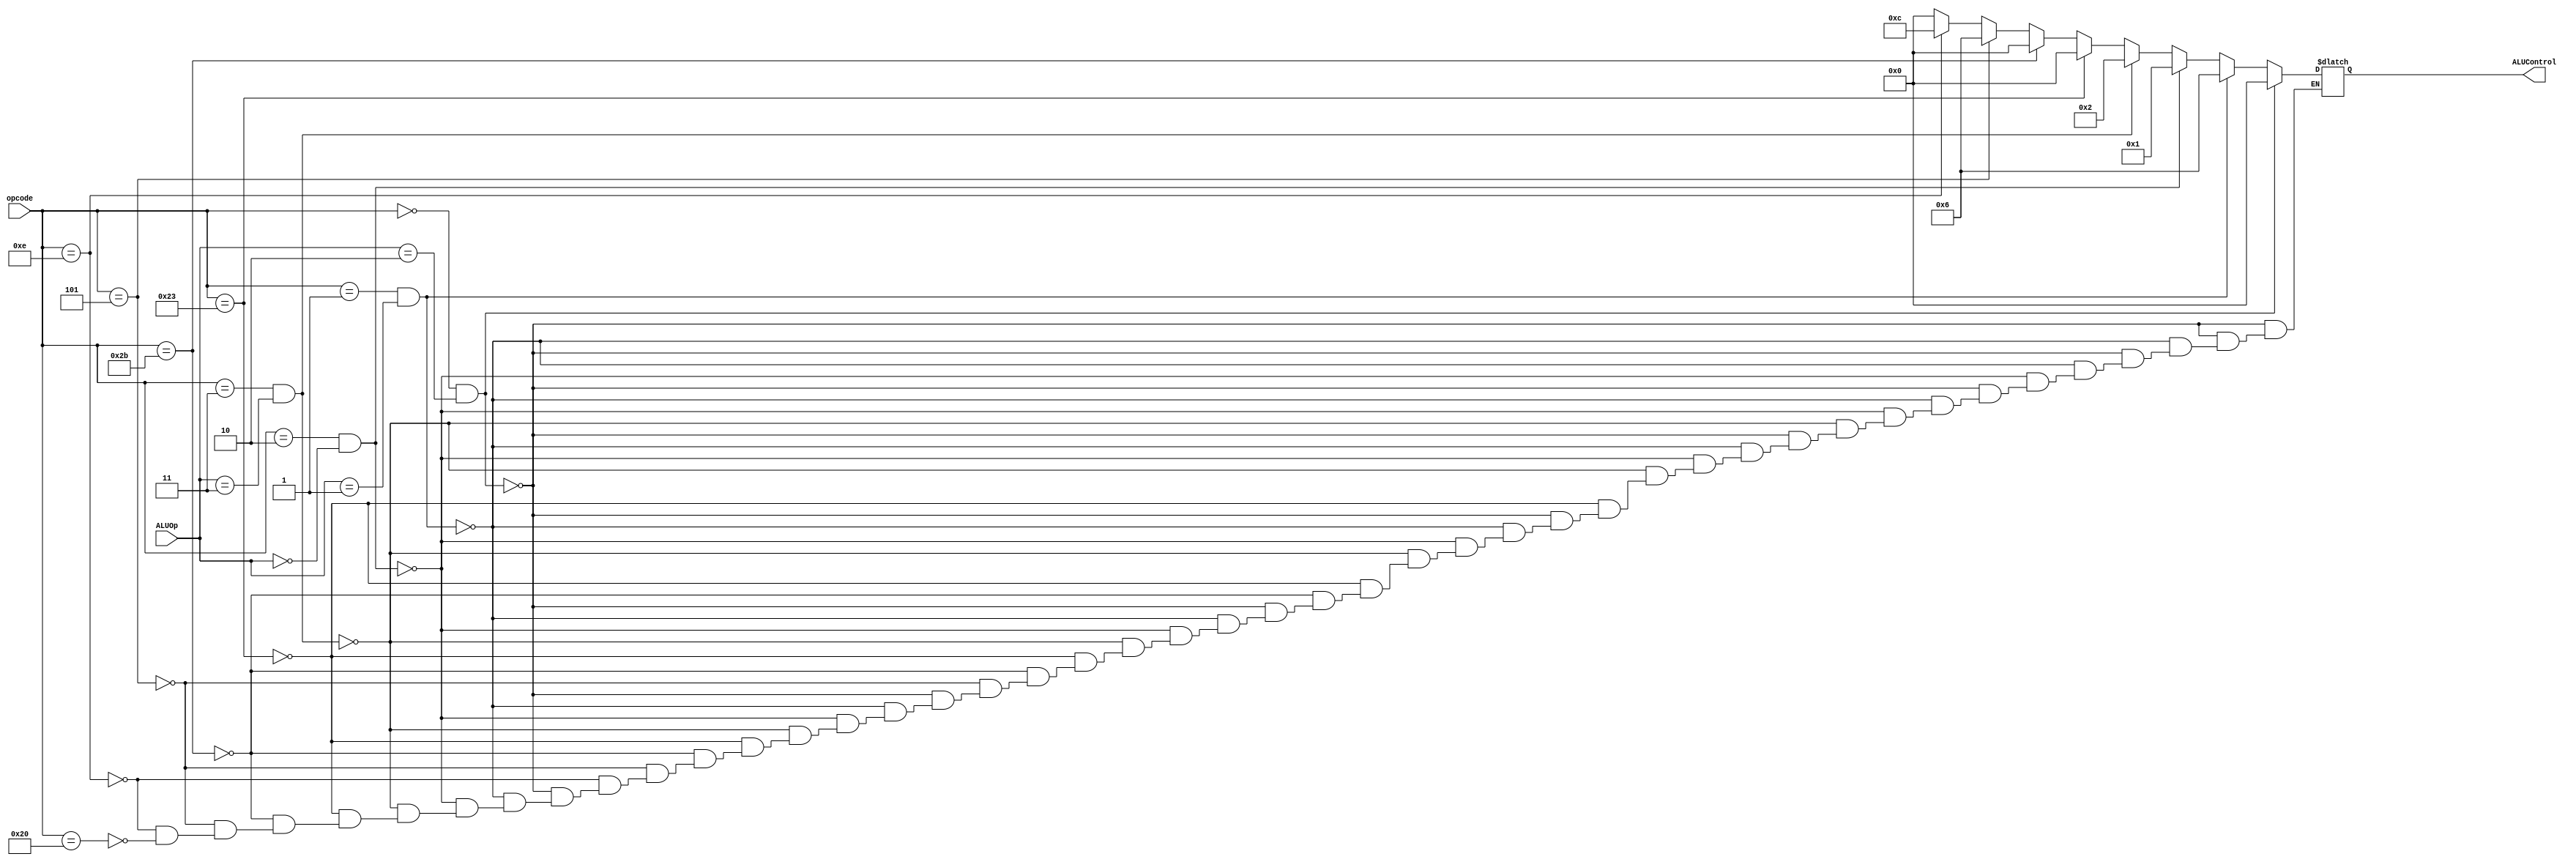
`timescale 1ns / 1ps


module ALU_Control(
    output [3:0] ALUControl,
    input [5:0] opcode,
    input [1:0] ALUOp
    );


	 reg[3:0] tempALUControl;

	 always@(*)
	 begin
	     if(opcode == 6'b000000 && ALUOp ==2'b10)   // RTYPE
          begin
			   tempALUControl = 4'b0000;    // ADD  
          end
        else if(opcode == 6'b000001 && ALUOp ==2'b01)  //RTYPE
          begin
			   tempALUControl = 4'b0110;    // SUB
          end			   
		  else if(opcode == 6'b000010 && ALUOp ==2'b00)   //RTYPE
          begin
			   tempALUControl = 4'b0001;    // OR
          end
		  else if(opcode == 6'b000011 && ALUOp ==2'b11)   //RTYPE
          begin
			   tempALUControl = 4'b0010;    // AND
          end


		  else if(opcode == 6'b100011)    //LW
		    begin
			   tempALUControl = 4'b0000; // ADD
			 end

		  else if(opcode == 6'b101011)    //SW
		    begin
			   tempALUControl = 4'b0000; // ADD
			 end

		  else if(opcode == 6'b000101)    //BNEQ
		    begin
			   tempALUControl = 4'b0110; // SUB
			 end

		  else if(opcode == 6'b001110)    //XOR
		    begin
			   tempALUControl = 4'b1100; // XOR
			 end

		  else if(opcode == 6'b100000)    //JUMP
		    begin
			   tempALUControl = 4'b0000; // ADD
			 end	

	 end


assign ALUControl = tempALUControl;

endmodule